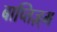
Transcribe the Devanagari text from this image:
बाप्तिज़्म